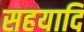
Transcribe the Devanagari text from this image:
सहयादि